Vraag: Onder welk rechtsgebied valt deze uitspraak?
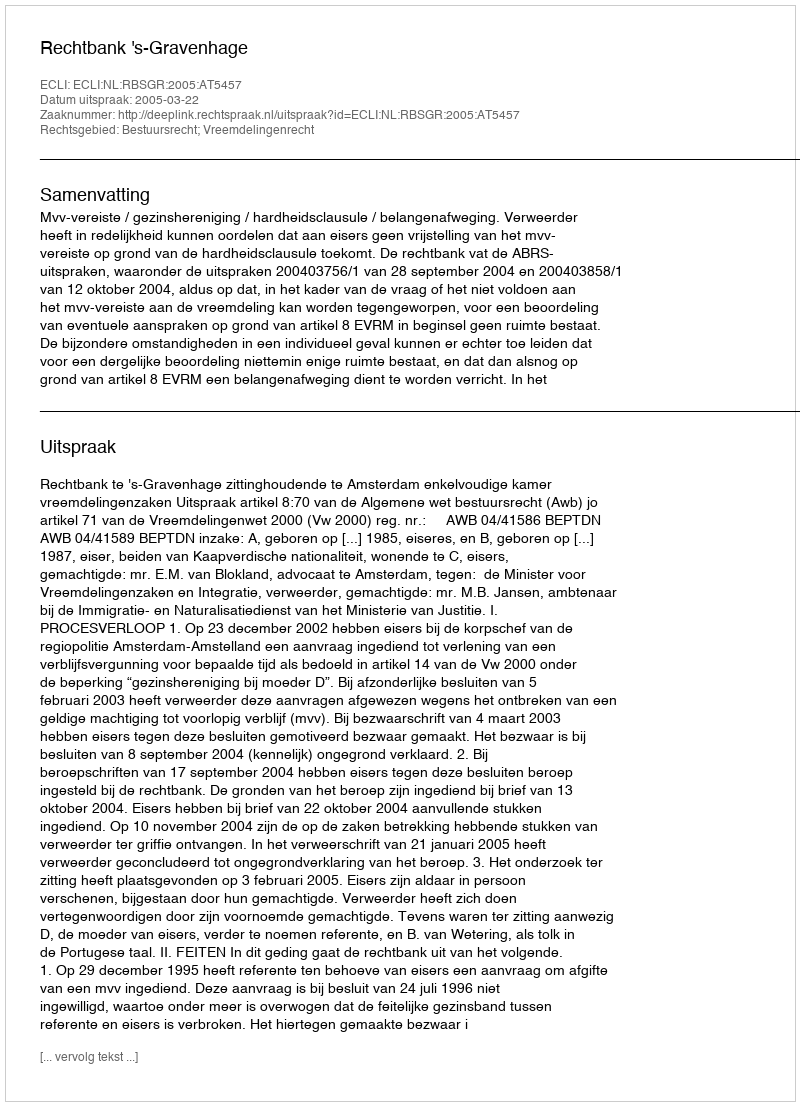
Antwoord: Bestuursrecht; Vreemdelingenrecht